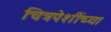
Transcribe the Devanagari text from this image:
चित्रपेशींच्या